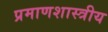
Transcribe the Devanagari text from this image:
प्रमाणशास्त्रीय